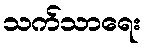
သက်သာရေး